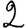
Digit: 2